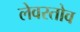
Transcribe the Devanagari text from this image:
लेवरतोव